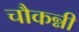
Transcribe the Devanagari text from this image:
चौकन्नी